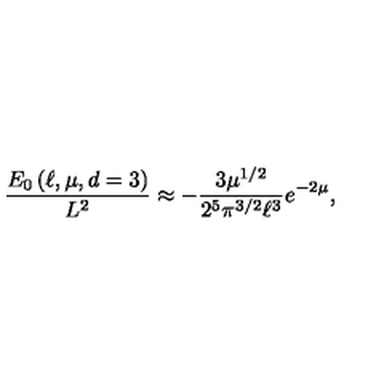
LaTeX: \frac { E _ { 0 } \left( \ell , \mu , d = 3 \right) } { L ^ { 2 } } \approx - \frac { 3 \mu ^ { 1 / 2 } } { 2 ^ { 5 } \pi ^ { 3 / 2 } \ell ^ { 3 } } e ^ { - 2 \mu } ,